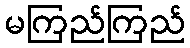
မကြည်ကြည်